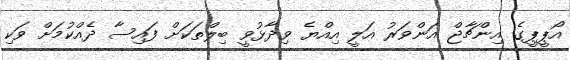
އޯޕީޕީގެ އިންޗާޖް އަންވަރު އަލީ އިއްޔެ ވިދާޅުވީ ބިލްތަކަށް ފައިސާ ދެއްކުމަށް ވަކި